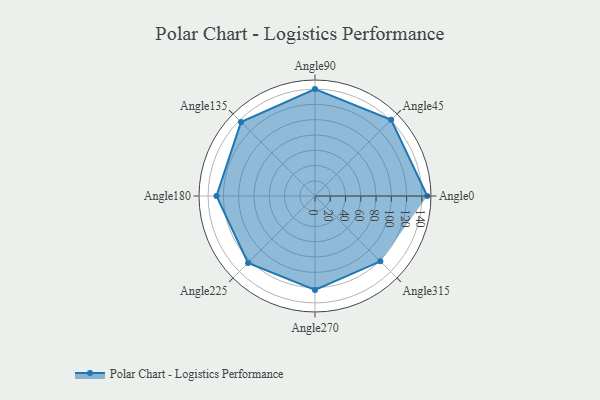
{"axis": {"x": "Angle", "y": "Radius"}, "legend": [""], "data": [{"x": "Angle0", "y": 147.0, "type": ""}, {"x": "Angle45", "y": 141.0, "type": ""}, {"x": "Angle90", "y": 140.0, "type": ""}, {"x": "Angle135", "y": 137.0, "type": ""}, {"x": "Angle180", "y": 129.0, "type": ""}, {"x": "Angle225", "y": 124.0, "type": ""}, {"x": "Angle270", "y": 123.0, "type": ""}, {"x": "Angle315", "y": 121.0, "type": ""}]}